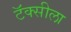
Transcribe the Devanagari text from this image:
टॅक्सीला